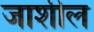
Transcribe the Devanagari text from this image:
जाशील